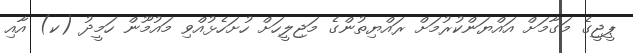
ޕީޖީގެ މަގާމަށް އައްޔަންކުރުމަށް ރައްޔިތުންގެ މަޖިލީހަށް ހުށަހެޅުއްވި މައުމޫން ހަމީދު (ކ) އާއި